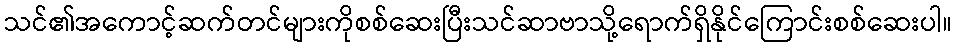
သင်၏အကောင့်ဆက်တင်များကိုစစ်ဆေးပြီးသင်ဆာဗာသို့ရောက်ရှိနိုင်ကြောင်းစစ်ဆေးပါ။